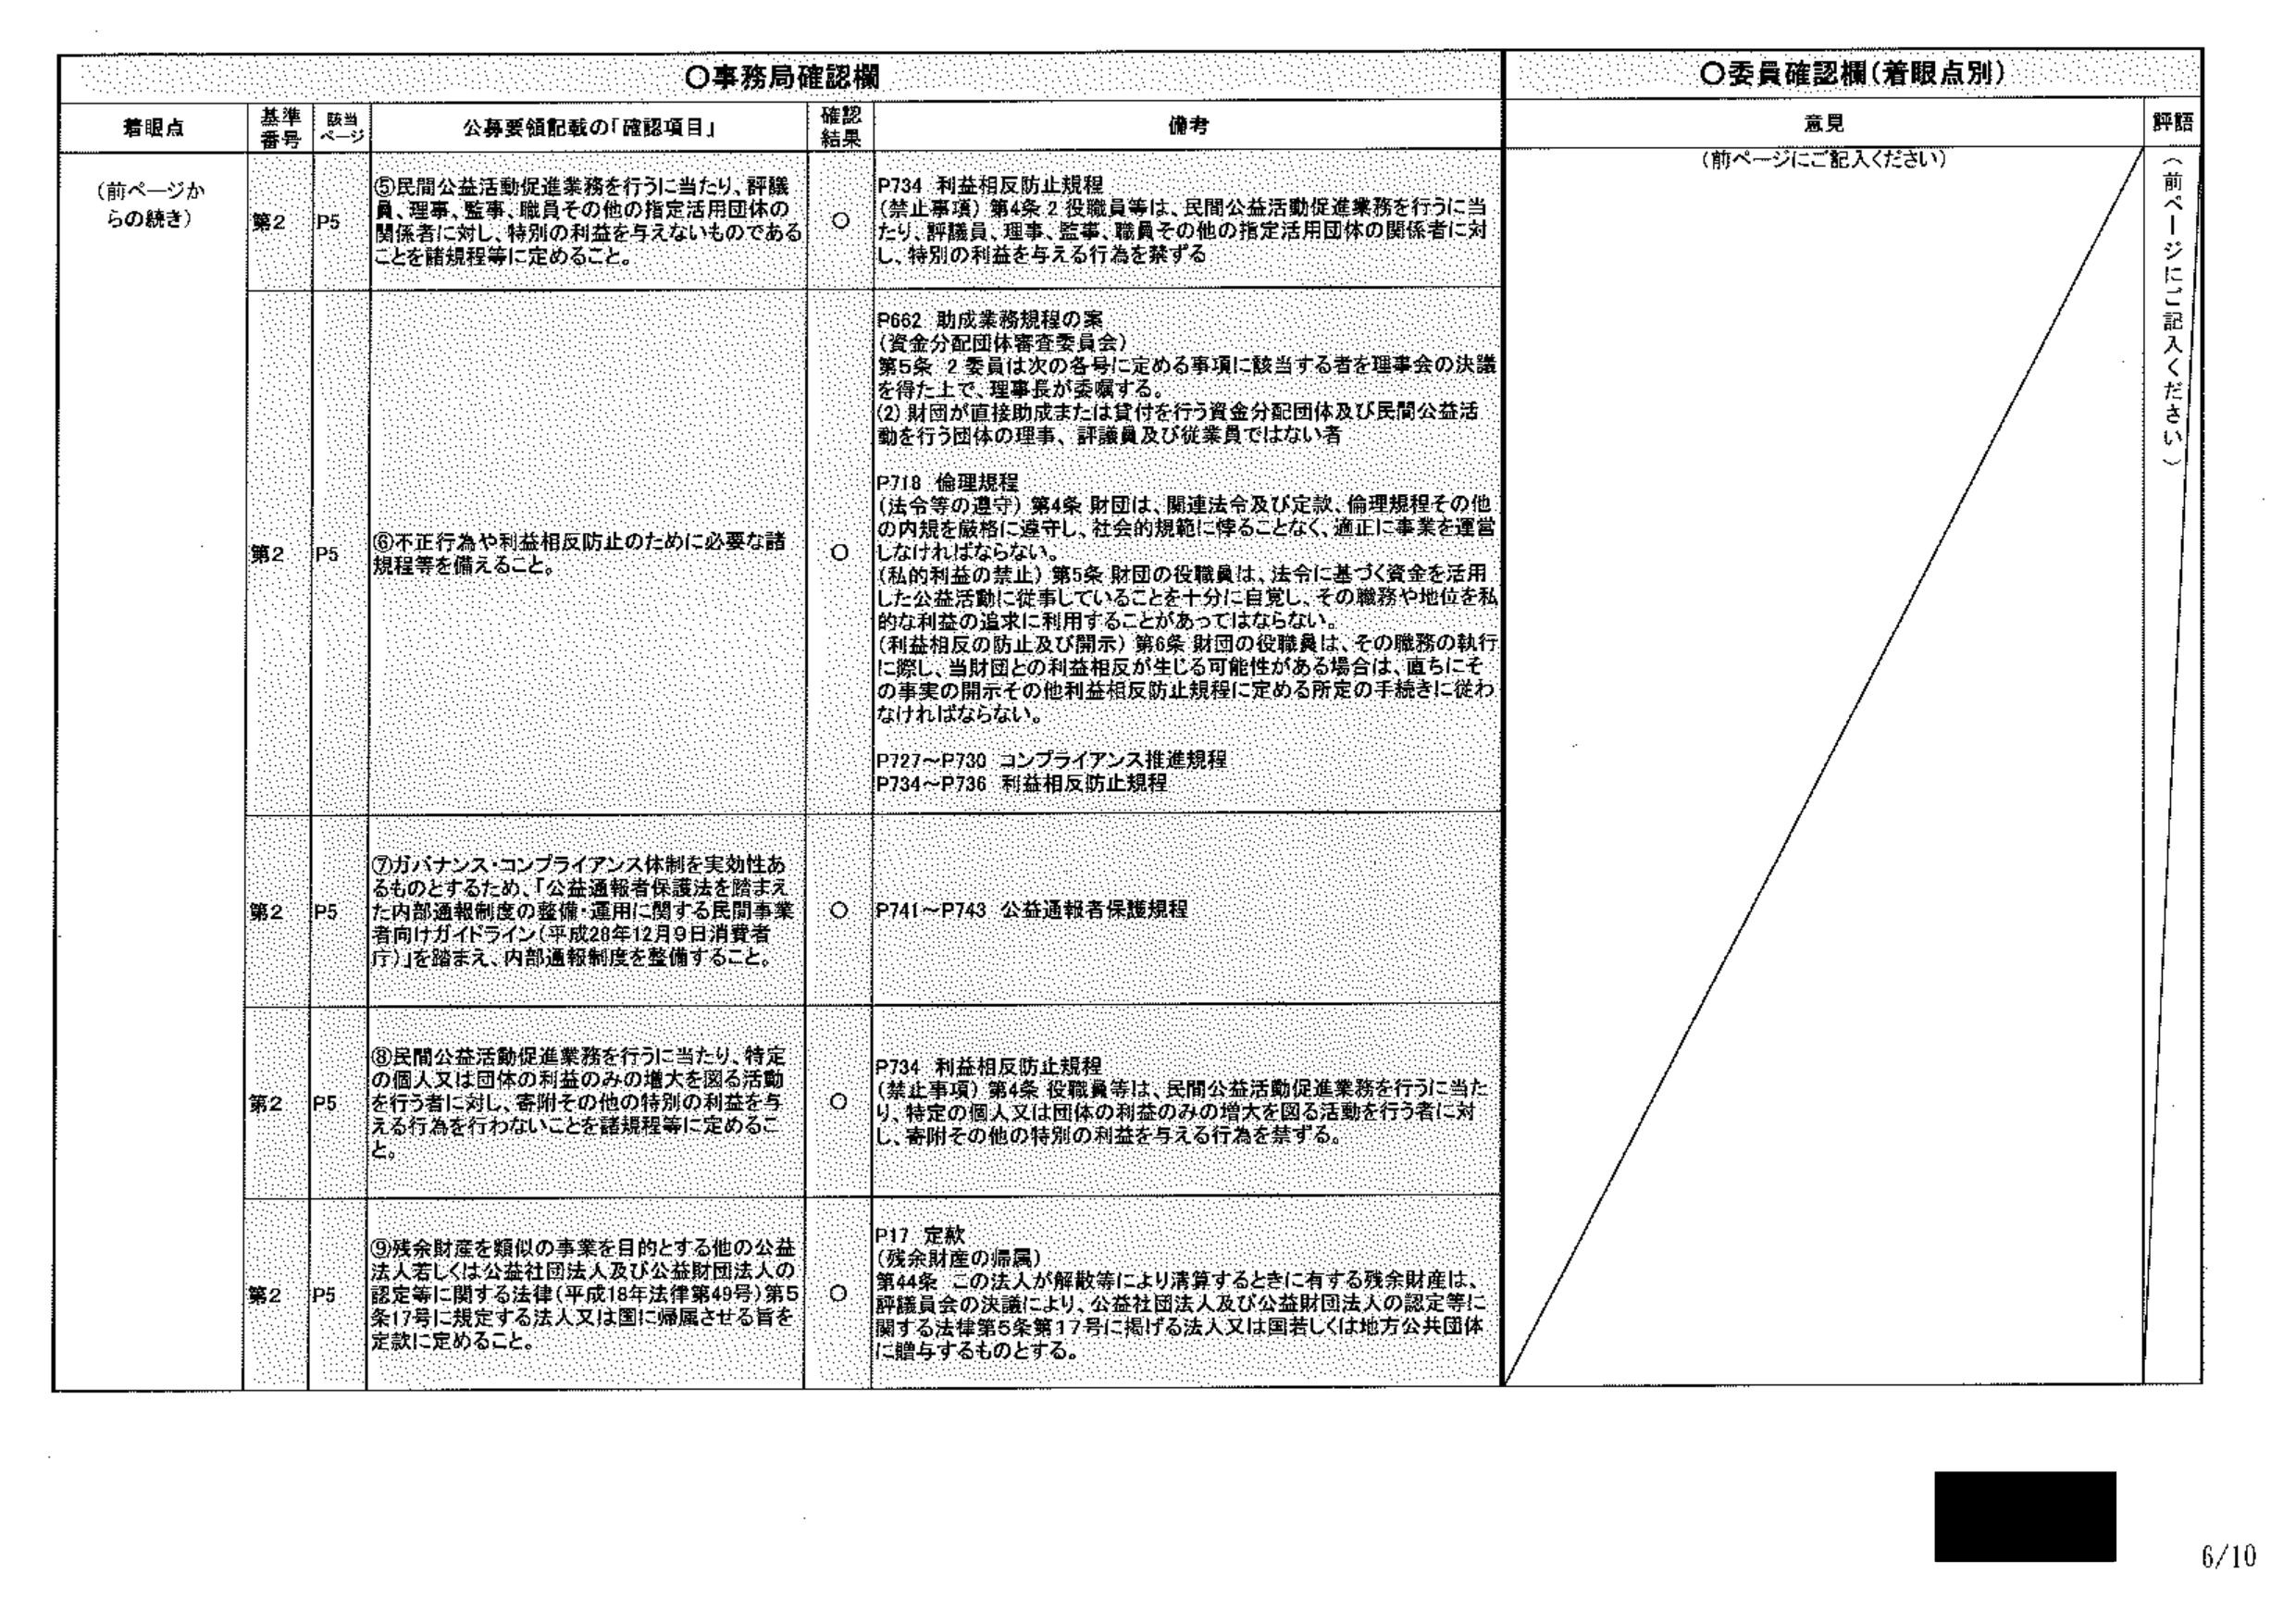
○事務局確認欄
着眼点 基準番号 該当ページ 公募要領記載の「確認項目」 確認結果 備考
（前ページからの続き） 第2 P5 ⑤民間公益活動促進業務を行うに当たり、評議員、理事、監事、職員その他の指定活用団体の関係者に対し、特別の利益を与えないものであることを諸規程等に定めること。 ○ P734 利益相反防止規程 （禁止事項）第4条 2 役職員等は、民間公益活動促進業務を行うに当たり、評議員、理事、監事、職員その他の指定活用団体の関係者に対し、特別の利益を与える行為を禁ずる
第2 P5 ⑥不正行為や利益相反防止のために必要な諸規程等を備えること。 ○ P662 助成業務規程の案 （資金分配団体審査委員会） 第5条 2 委員は次の各号に定める事項に該当する者を理事会の決議を得た上で、理事長が委嘱する。 （2）財団が直接助成または貸付を行う資金分配団体及び民間公益活動を行う団体の理事、評議員及び従業員ではない者 P718 倫理規程 （法令等の遵守）第4条 財団は、関連法令及び定款、倫理規程その他の内規を厳格に遵守し、社会的規範に悖ることなく、適正に事業を運営しなければならない。 （私的利害の禁止）第5条 財団の役職員は、法令に基づく資金を活用した公益活動に従事していることを十分に自覚し、その職務や地位を私的な利益の追求に利用することがあってはならない。 （利益相反の防止及び開示）第6条 財団の役職員は、その職務の執行に際し、当財団との利益相反が生じる可能性がある場合は、直ちにその事実の開示その他利益相反防止規程に定める所定の手続きに従わなければならない。 P727～P730 コンプライアンス推進規程 P734～P736 利益相反防止規程
第2 P5 ⑦ガバナンス・コンプライアンス体制を実効性あるものとするため、「公益通報者保護法を踏まえた内部通報制度の整備・運用に関する民間事業者向けガイドライン（平成28年12月9日消費者庁）」を踏まえ、内部通報制度を整備すること。 ○ P741～P743 公益通報者保護規程
第2 P5 ⑧民間公益活動促進業務を行うに当たり、特定の個人又は団体の利益のみの増大を図る活動を行う者に対し、寄附その他の特別の利益を与える行為を行わないことを諸規程等に定めること。 ○ P734 利益相反防止規程 （禁止事項）第4条 役職員等は、民間公益活動促進業務を行うに当たり、特定の個人又は団体の利益のみの増大を図る活動を行う者に対し、寄附その他の特別の利益を与える行為を禁ずる。
第2 P5 ⑨残余財産を類似の事業を目的とする他の公益法人若しくは公益社団法人及び公益財団法人の認定等に関する法律（平成18年法律第49号）第5条17号に規定する法人又は国に帰属させる旨を定款に定めること。 ○ P17 定款 （残余財産の帰属） 第44条 この法人が解散等により清算するときに有する残余財産は、評議員会の決議により、公益社団法人及び公益財団法人の認定等に関する法律第5条第17号に掲げる法人又は国若しくは地方公共団体に贈与するものとする。

○委員確認欄（着眼点別）
意見 （前ページにご記入ください）
評語 （前ページにご記入ください）

6/10